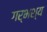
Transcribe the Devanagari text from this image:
गर्भश्य